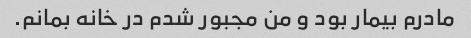
مادرم بیمار بود و من مجبور شدم در خانه بمانم.